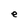
Character: e